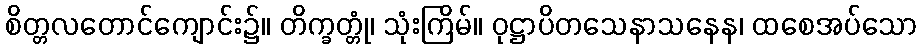
စိတ္တလတောင်ကျောင်း၌။ တိက္ခတ္တုံ၊ သုံးကြိမ်။ ဝုဋ္ဌာပိတသေနာသနေန၊ ထစေအပ်သော